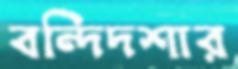
বন্দিদশার